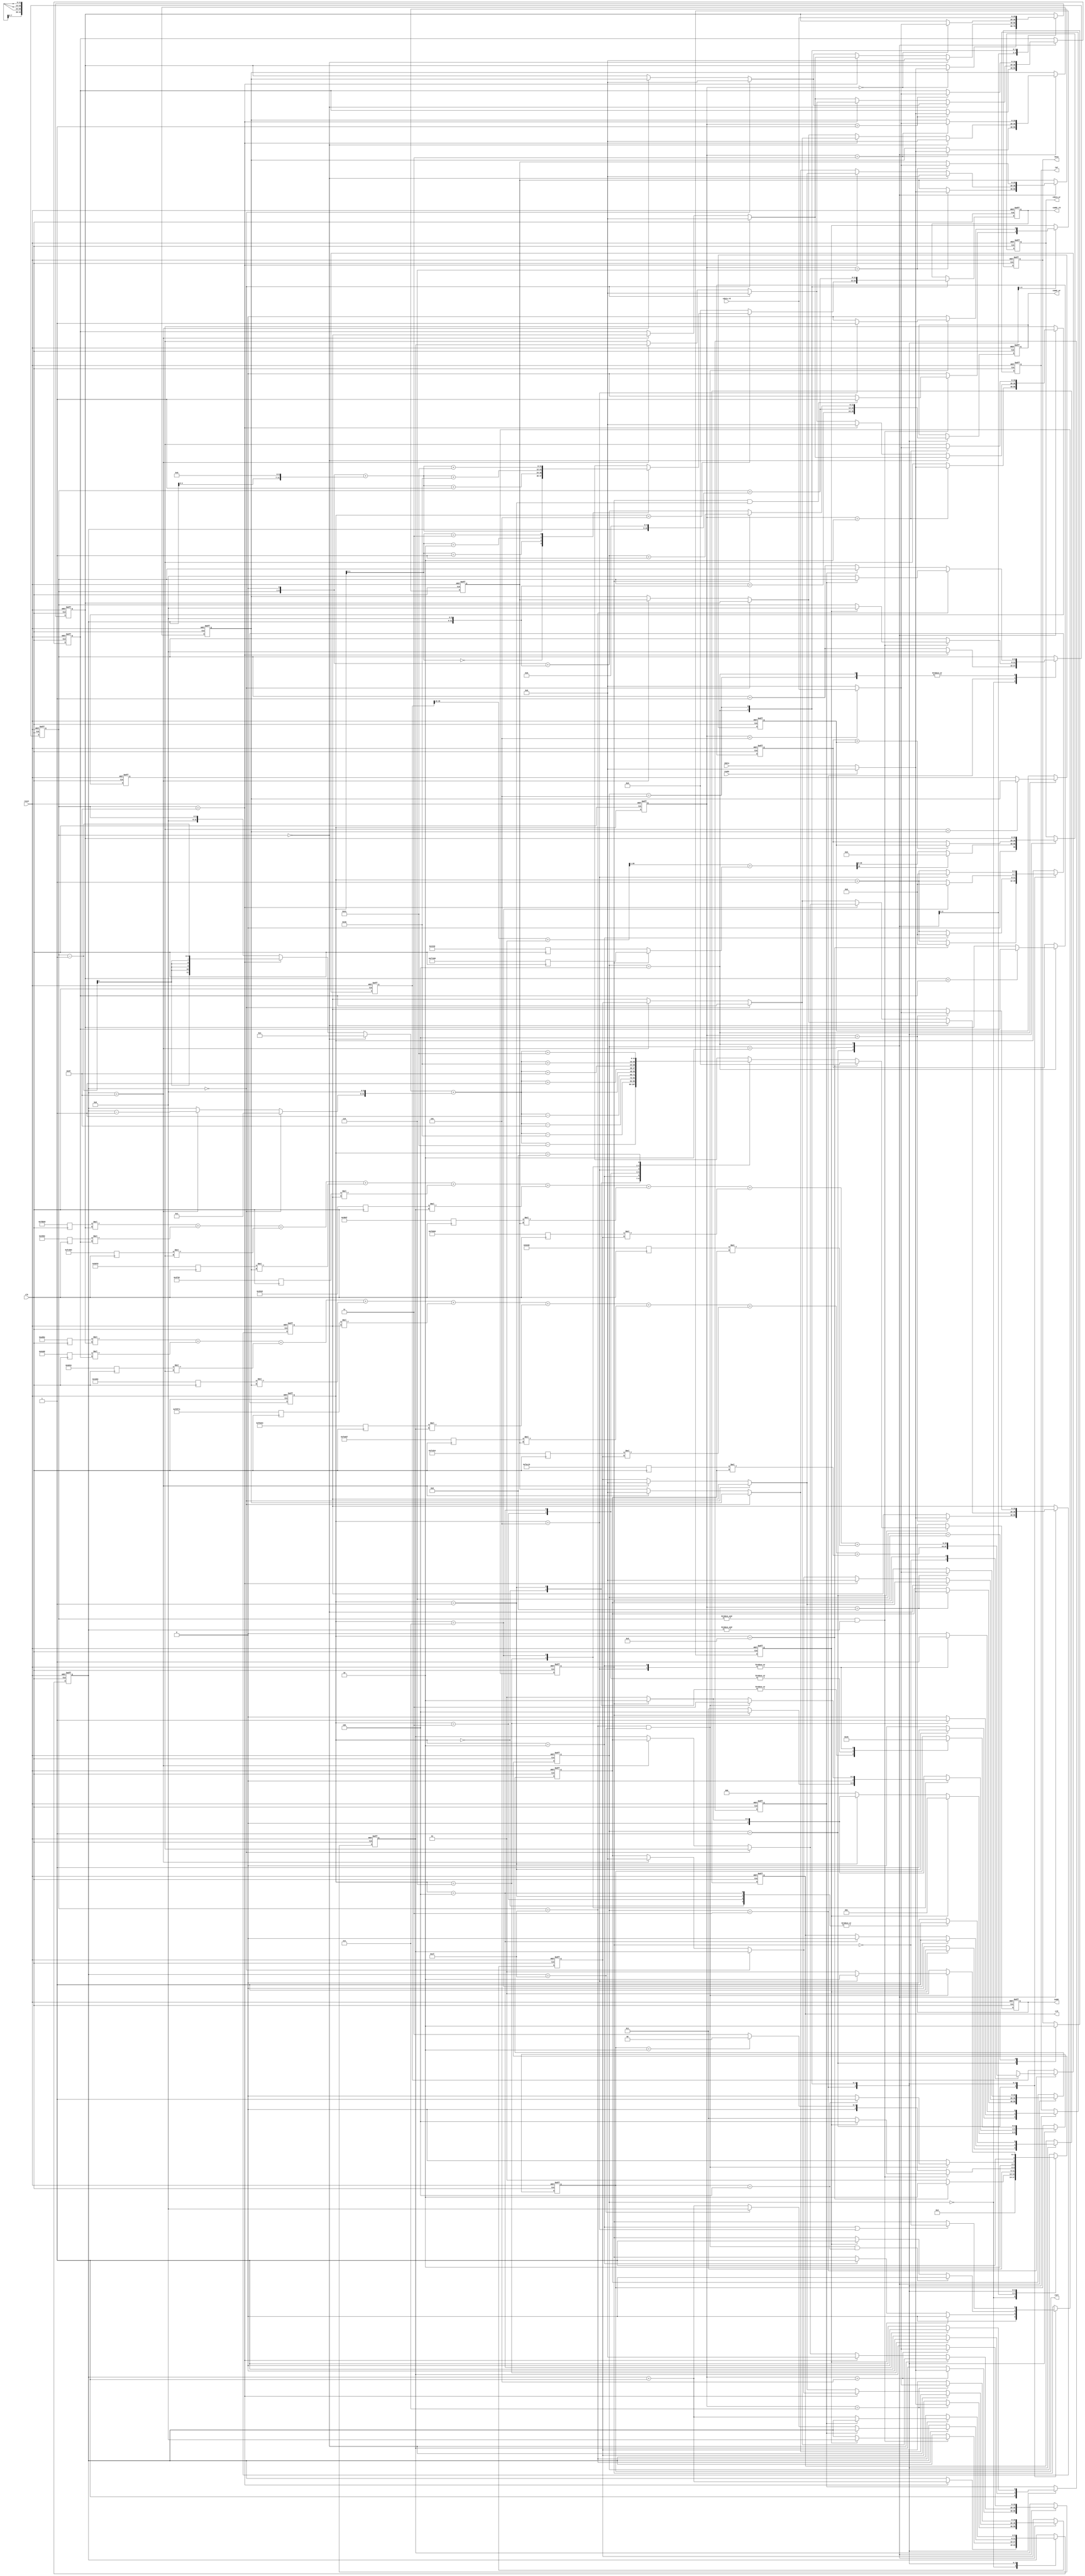

`timescale 1ns/10ps

module  CONV(
	input		clk,
	input		reset,
	output		reg busy,	
	input		ready,	
			
	output		reg [11:0]iaddr,
	input		[19:0]idata,	
	
	output	 	reg cwr,
	output	 	reg [11:0]caddr_wr,
	output	 	reg [19:0]cdata_wr,
	
	output	 	reg crd,
	output	 	reg [11:0]caddr_rd,
	input	 	[19:0]cdata_rd,
	
	output	 	reg [2:0]csel
	);

reg [2:0]state;
reg [2:0]n_state;
reg [3:0]count;
reg [3:0]count_temp;
reg [15:0]image;
reg [5:0]posx;
reg [5:0]posy;
wire [11:0]pos[0:8];
wire [11:0]cpos[0:3];
reg signed[19:0]zp_data[0:8];
reg signed[19:0]img_data[0:8];
reg signed[19:0]kernel0[0:8];
reg signed[19:0]kernel1[0:8];
reg signed[43:0]conv;
wire signed[43:0]cdata;
wire signed[19:0]cdata_round;
wire signed[43:0]cdata_bias;
reg signed[19:0]bias0;
reg signed[19:0]bias1;
reg kernel;
reg hold;
reg op_done;
reg signed[19:0]comp[0:1];

parameter IDLE  = 0;
parameter INPUT = 1;
parameter ZPAD  = 2;
parameter CONV  = 3;
parameter MAXP  = 4;
parameter FLAT  = 5;
parameter STOP  = 6;

integer i;

// FSM
always @(posedge clk or posedge reset) begin
	if (reset) begin
		state <= 0;		
	end
	else begin
		state <= n_state;
	end
end

always @(*) begin
	case(state)
		IDLE: n_state = INPUT;
		INPUT: n_state = (count == 9)? ZPAD : INPUT;
		ZPAD : n_state = CONV;
		CONV: begin
			if( &posx && &posy) n_state = (op_done)? MAXP : CONV;
			else n_state = (csel == 2)? IDLE : CONV;
		end
		MAXP: begin
			if(posx == 31 && posy == 31) n_state = (csel == 4)? FLAT : MAXP;
			else n_state = MAXP;
		end
		FLAT: begin
			if(posx == 31 && posy == 31) n_state = (count == 5)? STOP : FLAT;
			else n_state = FLAT;
		end
		default: n_state = state;
	endcase
end

always @(posedge clk or posedge reset) begin
	if (reset) begin
		busy <= 0;		
	end
	else begin
		case(state)
			INPUT: busy <= 1;
			STOP: busy <= 0;
			default: busy <= busy;
		endcase
	end
end

always @(posedge clk or posedge reset) begin
	if (reset) begin
		count <= 4'd0;		
	end
	else begin
		case(state)
			INPUT: count <= (count == 4'd9)? 4'd0 : count + 4'd1;
			CONV: count <= (count == 4'd2)? 4'd0 : count + 4'd1;
			MAXP: count <= (count == 4'd7)? 4'd0 : count + 4'd1;
			FLAT: count <= (count == 4'd5)? 4'd0 : count + 4'd1;
			default: count <= count;
		endcase
	end
end

always @(posedge clk or posedge reset) begin
	if (reset) begin
		count_temp <= 0;		
	end
	else begin
		count_temp <= count;
	end
end

// posx, posy for memory addr
always @(posedge clk or posedge reset) begin
	if (reset) begin
		posx <= 6'b111111;
		posy <= 6'b111111;		
	end
	else begin
		case(state)
			IDLE: begin
				if (posx == 63) begin
					posx <= 0;
					posy <= posy + 1;
				end
				else begin
					posx <= posx + 1;
					posy <= posy;
				end				
			end
			CONV: begin
				if(&posx && &posy) begin
					posx <= (op_done)? 0 : posx;
					posy <= (op_done)? 0 : posy;
				end
				else begin
					posx <= posx;
					posy <= posy;
				end
			end
			MAXP: begin
				if (posx == 31) begin
					posx <= (hold == 0)? 0 : posx;
					posy <= (hold == 0)? ( (posy == 31)? 0 : posy + 1) : posy;
				end
				else begin
					posx <= (hold == 0)? posx + 1 : posx;
					posy <= posy;
				end
			end
			FLAT: begin
				if (posx == 31) begin
					posx <= (hold == 0)? 0 : posx;
					posy <= (hold == 0)? posy + 1 : posy;
				end
				else begin
					posx <= (hold == 0)? posx + 1 : posx;
					posy <= posy;
				end
			end
			default: begin
				posx <= posx;
				posy <= posy;
			end
		endcase
	end
end

// control crd & cwr
always @(posedge clk or posedge reset) begin
	if (reset) begin
		hold <= 0;		
	end
	else begin
		case(state)
			CONV: hold <= 1;
			MAXP: begin
				hold <= (count == 6)? 0 : 1;
			end
			FLAT: hold <= (count == 4)? 0 : 1;
			default: hold <= hold;
		endcase
	end
end

// 9x9 memory addr calc
assign pos[0] = pos[4] - 65;
assign pos[1] = pos[4] - 64;
assign pos[2] = pos[4] - 63;
assign pos[3] = pos[4] - 1;
assign pos[4] = ( (posx == 0)? 1 : ( (posx == 63)? posx - 1 : posx) ) + ( ( (posy == 0)? 1 : ( (posy == 63)? posy - 1 : posy) ) << 6 );
assign pos[5] = pos[4] + 1;
assign pos[6] = pos[4] + 63;
assign pos[7] = pos[4] + 64;
assign pos[8] = pos[4] + 65;

always @(posedge clk or posedge reset) begin
	if (reset) begin
		iaddr <= 12'd0;		
	end
	else begin
		case(state)
			INPUT: begin
				iaddr <= (count == 9)? 0 : pos[count];
			end
			default: iaddr <= iaddr;
		endcase
	end
end

// data
always @(posedge clk or posedge reset) begin
	if (reset) begin
		for(i = 0; i < 9; i = i+1) begin
			img_data[i] <= 0; 		
		end
	end
	else begin
		case(state)
			INPUT: begin
				img_data[count_temp] <= ready? 0 : idata;
			end
			ZPAD: begin
				
				if (posx == 0) begin
					img_data[0] <= 0;
					img_data[1] <= zp_data[0];
					img_data[2] <= zp_data[1];
					img_data[3] <= 0;
					img_data[4] <= zp_data[3];
					img_data[5] <= zp_data[4];
					img_data[6] <= 0;
					img_data[7] <= zp_data[6];
					img_data[8] <= zp_data[7];
				end
				else if (posx == 63) begin
					img_data[0] <= zp_data[1];
					img_data[1] <= zp_data[2];
					img_data[2] <= 0;
					img_data[3] <= zp_data[4];
					img_data[4] <= zp_data[5];
					img_data[5] <= 0;
					img_data[6] <= zp_data[7];
					img_data[7] <= zp_data[8];
					img_data[8] <= 0;
				end
				else begin
					for(i = 0; i < 9; i = i+1) begin
						img_data[i] <= zp_data[i]; 		
					end
				end
			end
			MAXP: begin
				img_data[count_temp] <= (count_temp < 5)? cdata_rd : 0;
			end
			FLAT: begin
				img_data[0] <= cdata_rd;
			end
			default: begin
				for(i = 0; i < 9; i = i+1) begin
					img_data[i] <= img_data[i]; 		
				end
			end
		endcase
	end
end


// zero-padding for boundary
always @(*) begin
	case(state)
		ZPAD: begin
			if (posy == 0) begin
				zp_data[0] = 0;
				zp_data[1] = 0;
				zp_data[2] = 0;
				zp_data[3] = img_data[0];
				zp_data[4] = img_data[1];
				zp_data[5] = img_data[2];
				zp_data[6] = img_data[3];
				zp_data[7] = img_data[4];
				zp_data[8] = img_data[5];
			end
			else begin
				if (posy == 63) begin
					zp_data[0] = img_data[3];
					zp_data[1] = img_data[4];
					zp_data[2] = img_data[5];
					zp_data[3] = img_data[6];
					zp_data[4] = img_data[7];
					zp_data[5] = img_data[8];
					zp_data[6] = 0;
					zp_data[7] = 0;
					zp_data[8] = 0;
				end
				else begin
					for(i = 0; i < 9; i = i+1) begin
						zp_data[i] = img_data[i]; 		
					end
				end
			end
		end
		default: begin
			for(i = 0; i < 9; i = i+1) begin
				zp_data[i] = 0; 		
			end
		end
	endcase
end

// kernel 1
always @(posedge clk) begin
	kernel1[0] <= 20'hFDB55;
	kernel1[1] <= 20'h02992;
	kernel1[2] <= 20'hFC994;
	kernel1[3] <= 20'h050FD;
	kernel1[4] <= 20'h02F20;
	kernel1[5] <= 20'h0202D;
	kernel1[6] <= 20'h03BD7;
	kernel1[7] <= 20'hFD369;
	kernel1[8] <= 20'h05E68;
end

// kernel 0
always @(posedge clk) begin
	kernel0[0] <= 20'h0A89E;
	kernel0[1] <= 20'h092D5;
	kernel0[2] <= 20'h06D43;
	kernel0[3] <= 20'h01004;
	kernel0[4] <= 20'hF8F71;
	kernel0[5] <= 20'hF6E54;
	kernel0[6] <= 20'hFA6D7;
	kernel0[7] <= 20'hFC834;
	kernel0[8] <= 20'hFAC19;
end

// switch kernel to control csel
always @(posedge clk or posedge reset) begin
	if (reset) begin
		kernel <= 0;		
	end
	else begin
		case(state)
			INPUT: kernel <= 0;
			CONV: begin
				kernel <= (op_done)? 0 : ( (count == 2)? 1 : kernel );
			end
			MAXP: begin
				kernel <= (posx == 31 && posy == 31 && csel == 4)? 0 : ((op_done)? 1 : kernel);
			end
			FLAT: begin
				kernel <= (count == 2 || count == 5)? ~kernel : kernel;
			end
			default: kernel <= kernel;
		endcase
	end
end

// convolution
always @(posedge clk or posedge reset) begin
	if (reset) begin
		conv <= 0;
	end
	else begin
		case(state)
			CONV: begin
				case(kernel)
					0:conv <= (kernel0[0] * img_data[0]) + (kernel0[1] * img_data[1]) + (kernel0[2] * img_data[2]) + (kernel0[3] * img_data[3]) + (kernel0[4] * img_data[4]) + (kernel0[5] * img_data[5]) + (kernel0[6] * img_data[6]) + (kernel0[7] * img_data[7]) + (kernel0[8] * img_data[8]);
					1:conv <= (kernel1[0] * img_data[0]) + (kernel1[1] * img_data[1]) + (kernel1[2] * img_data[2]) + (kernel1[3] * img_data[3]) + (kernel1[4] * img_data[4]) + (kernel1[5] * img_data[5]) + (kernel1[6] * img_data[6]) + (kernel1[7] * img_data[7]) + (kernel1[8] * img_data[8]);
				endcase
			end
			default: conv <= conv;
		endcase
	end
end

always @(posedge clk or posedge reset) begin
 	if (reset) begin
 		caddr_wr <= 0; 		
 	end
 	else begin
 		case(state)
 			CONV: begin
 				caddr_wr <= posx + (posy << 6);
 			end
 			MAXP: begin
 				caddr_wr <= posx + (posy << 5);
 			end
 			FLAT: begin
 				caddr_wr <= (kernel == 0)? (posx << 1) + (posy << 6) : (posx << 1) + (posy << 6) + 1;
 			end
 			default: caddr_wr <= caddr_wr;
 		endcase
 	end
 end 

// bias0 for kernel 0, bias1 for kernel 1
always @(posedge clk) begin
	bias0 <= 20'h01310;
	bias1 <= 20'hF7295;
end

// round
assign cdata = (conv >>> 15) + 1;
assign cdata_bias = (cdata >>> 1) + ((kernel)? bias1 : bias0);
assign cdata_round = cdata_bias[19:0];


always @(posedge clk or posedge reset) begin
	if (reset) begin
		cdata_wr <= 0;		
	end
	else begin
		case(state)
			CONV: cdata_wr <= ( (cdata_round[19] == 1)? 0 : cdata_round ); // ReLU
			MAXP: cdata_wr <= (comp[0] < comp[1])? comp[1] : comp[0];
			FLAT: cdata_wr <= img_data[0];
			default: cdata_wr <= cdata_wr;
		endcase
	end
end

// operation done
always @(posedge clk or posedge reset) begin
	if (reset) begin
		op_done <= 0;		
	end
	else begin
		case(state)
			CONV: begin
				if (&posx && &posy) op_done <= (kernel == 1 && count == 1)? 1 : 0;
				else op_done <= 0;
			end
			MAXP: begin
				if (posx == 31 && posy == 31) op_done <= (count == 5)? 1 : 0;
				else op_done <= 0;
			end
			default: op_done <= op_done;
		endcase
	end
end

// csel
always @(posedge clk or posedge reset) begin
	if (reset) begin
		csel <= 0;		
	end
	else begin
		case(state)
			CONV: begin
				csel <= (op_done)? 3'b001 : ( (count == 1)? ( (kernel)? 3'b010 : 3'b001 ) : 0 );
			end
			MAXP: begin
				case(count)
					6: begin
						if (kernel == 0) csel <= 3'b011;
						else csel <= 3'b100;
					end
					7: begin
						if(posx == 31 && posy == 31) csel <= (count == 7)? 3 : ( (kernel == 0)? 3'b001 : 3'b010 );
						else csel <= (kernel == 0)? 3'b001 : 3'b010;
					end
					default: begin
						if (kernel == 0) csel <= 3'b001;
						else csel <= 3'b010;
					end
				endcase
			end
			FLAT: begin
				case(count)
					0: csel <= 3;
					1: csel <= 3;
					2: csel <= 5;
					3: csel <= 4;
					4: csel <= 4;
					5: csel <= 5;
				endcase
			end		 
			default: csel <= csel;
		endcase
	end
end

always @(posedge clk or posedge reset) begin
	if (reset) begin
		cwr <= 0;		
	end
	else begin
		case(state)
			CONV: begin
				cwr <= (count == 1)? 1 : 0;
			end
			MAXP: cwr <= (count == 6)? 1 : 0;
			FLAT: begin
				case(count)
					1: cwr <= 0;
					2: cwr <= 1;
					3: cwr <= 0;
					4: cwr <= 0;
					5: cwr <= 1;
					default: cwr <= 0;
				endcase
			end
			default: cwr <= cwr;
		endcase
	end
end

always @(posedge clk or posedge reset) begin
	if (reset) begin
		crd <= 0;		
	end
	else begin
		case(state)
			CONV: begin
				crd <= op_done? 1 : 0;
			end
			MAXP: crd <= (count == 7)? 1 : ( (count == 4)? 0 : crd );
			FLAT: begin
				case(count)
					0: crd <= 1;
					1: crd <= 1;
					2: crd <= 0;
					3: crd <= 1;
					4: crd <= 1;
					5: crd <= 0;
					default: crd <= 0;
				endcase
			end
			default: crd <= crd;
		endcase
	end
end


// addr calc for max-pooling
assign cpos[0] = (posx << 1) + (posy << 7);
assign cpos[1] = cpos[0] + 1;
assign cpos[2] = cpos[0] + 64;
assign cpos[3] = cpos[0] + 65;

always @(posedge clk or posedge reset) begin
	if (reset) begin
		caddr_rd <= 0;		
	end
	else begin
		case(state)
			MAXP: caddr_rd <= (count < 5)? cpos[count] : 0;
			FLAT: caddr_rd <= posx + (posy << 5);
			default: caddr_rd <= caddr_rd;
		endcase
	end
end

// compare for max-pooling
always @(posedge clk or posedge reset) begin
	if (reset) begin
		comp[0] <= 0;
		comp[1] <= 0;		
	end
	else begin
		case(state)
			MAXP: begin
				comp[0] <= (img_data[0] < img_data[1])? img_data[1] : img_data[0];
				comp[1] <= (img_data[2] < img_data[3])? img_data[3] : img_data[2];
			end
			default: begin
				comp[0] <= comp[0];
				comp[1] <= comp[1];
			end
		endcase
	end
end

endmodule